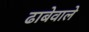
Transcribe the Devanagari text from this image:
ढाबेवाले